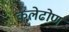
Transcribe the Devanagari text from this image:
कलेढोण